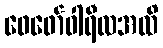
ဖေဖော်ဝါရီလအထိ